Statistical return of the lunatic asylum in Assam - 1912-1932
Year: 1912
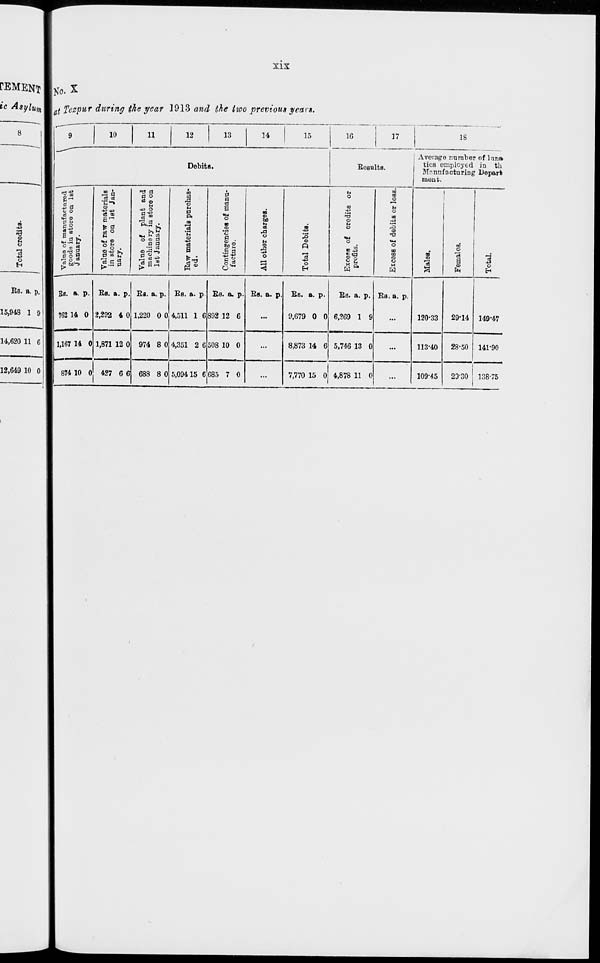
l-i
CO
IO-
l-i
5"
CS
OS
E
to
CS
o
CO
00
n
Total credits.
00
3
t-t
l-i
vs
w
©
e
H-i
OS
l-i
to
/
/ / f 5*
*r3
oo
-a
k-i
O
o
(SO
»I
OS
os
OS
762 14 0
9
Value of manufactured
gooda in Btoro on lBt
January.
\
O
1
01
\
CO
00
VI
h*
M
to
O
ISO
"ts»
to
to
©
a
a
P
Value of raw materials
in store on 1st Jan-
uary.
M
O
OS
CO
00
00
©
to
CO
o
1—I
to
to
3
o
o
n
P
Value of plant and
machinery in store on
1st January.
l-i
l-i
en
©
to
H-i
w
OS
.*■
CO
fc-i
to
OS
*-•
!-•
OS
fed
m
9
Raw materials purchas-
ed.
to
OS
00
en
o
©
00
I-*
o
o
00
CO
to
to
os
IS
P
Contingencies of manu-
facture.
co
:
:
:
w
a
P
•3
All other charges.
*-
7,770 15 0 4,878 11 0
00
00
CO
l-»
os
"cs
VI
CO
©
o
W
P
P
Total Debits.
Cn
en
VI
ilk
OS
H-i
CO
o
OS
to
OS
(9
M
CO
w at
P
Excess of credits or
profits.
H
a
m
a
ct-
m
©
•
:
:
01
P
Excoss of debits or loss.
•-•
VI
I
►-»
o
So
M
l-l
CO
o
M
to
O
CO
CO
Males.
B gal
•5 a-®
5 Et» ■
1
OO
1
to
u
CO
o
>-«
CO
CO
VI
M
OO
C7I
o
to
CO
Females.
l-i
to
©
l-i
Ifk
CO
VI
Total.
8
e©
t—•
CO
tX
f*
cS
O
CS
«
M